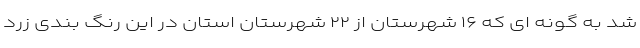
شد به گونه ای که ۱۶ شهرستان از ۲۲ شهرستان استان در این رنگ بندی زرد